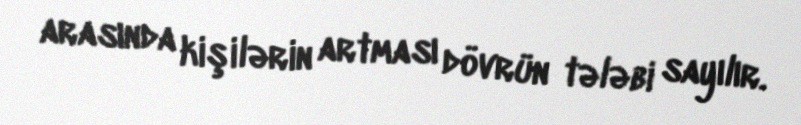
arasında kişilərin artması dövrün tələbi sayılır.